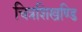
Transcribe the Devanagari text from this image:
चित्रशिखण्डि